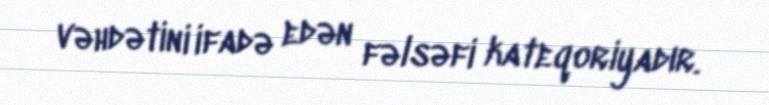
vəhdətini ifadə edən fəlsəfi kateqoriyadır.